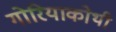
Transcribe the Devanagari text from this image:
गोरियाकोथी